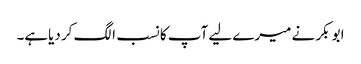
ابو بکر نے میرے لیے آپ کا نسب الگ کر دیاہے۔